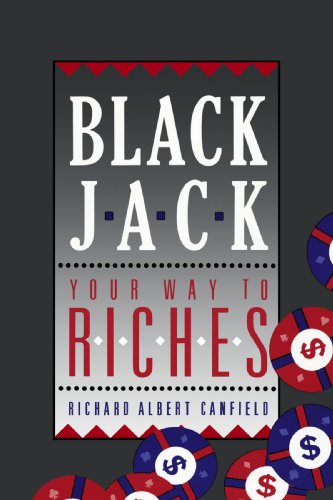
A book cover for Blackjack Your Way To Riches; Richard A. Canfield; Humor & Entertainment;